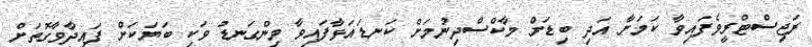
ރަޖިސްޓްރީވެފައިވާ ކަމަށާ އަދި ބިޑަށް މާކްސްދިނުމަށް ކަނޑައަޅާފައިވާ މިންގަނޑުު ވަކި ބަޔަކަށް ފައިދާވާގޮތަށް